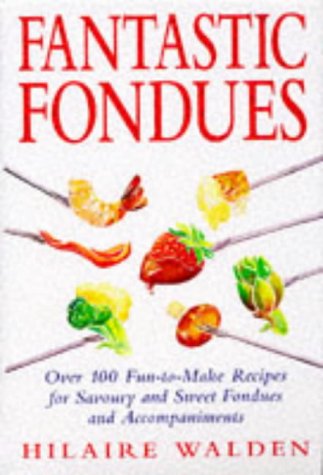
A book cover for Fantastic Fondues; Hilaire Walden; Cookbooks, Food & Wine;